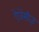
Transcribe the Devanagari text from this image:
ऐजेंसीज़